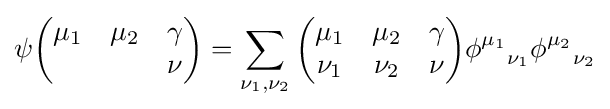
\psi {\begin{pmatrix}\mu _{1}&\mu _{2}&\gamma \\&&\nu \end{pmatrix}}=\sum _{\nu _{1},\nu _{2}}{\begin{pmatrix}\mu _{1}&\mu _{2}&\gamma \\\nu _{1}&\nu _{2}&\nu \end{pmatrix}}{\phi ^{\mu _{1}}}_{\nu _{1}}{\phi ^{\mu _{2}}}_{\nu _{2}}